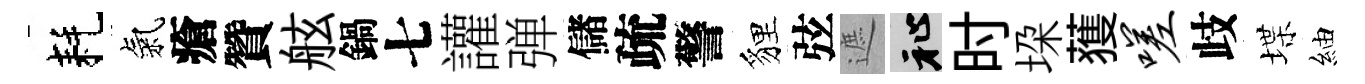
耗氣瘡贊舷鍋七讙弹儲疏警貍弦遮祉时垜𫉬嗟歧堞紬